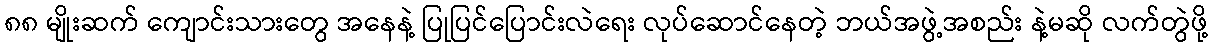
၈၈ မျိုးဆက် ကျောင်းသားတွေ အနေနဲ့ ပြုပြင်ပြောင်းလဲရေး လုပ်ဆောင်နေတဲ့ ဘယ်အဖွဲ့အစည်း နဲ့မဆို လက်တွဲဖို့